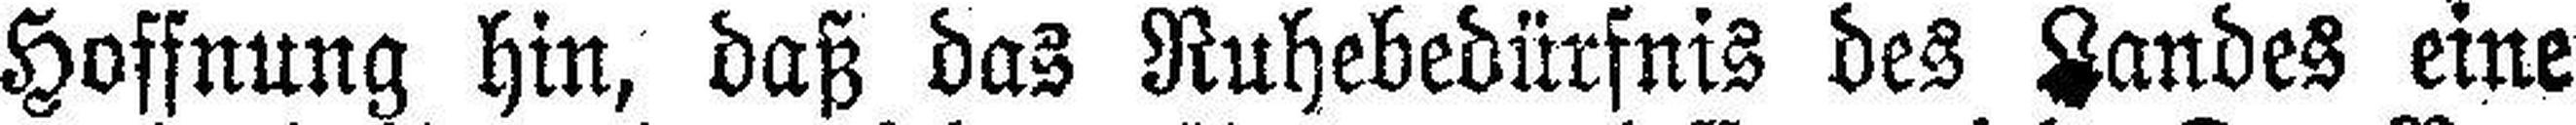
Hoffnung hin, daß das Ruhebedürfnis des Landes eine